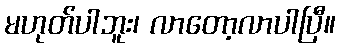
မဟုတ်ပါဘူး၊ လာတော့လာပါပြီ။